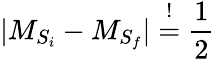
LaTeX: \vert{M}_{{S}_{i}}-{M}_{{S}_{f}}\vert\overset{!}{=}\frac{1}{2}